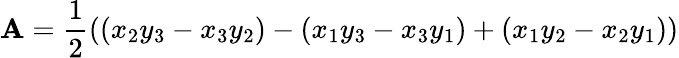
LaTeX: \mathbf{A}={\frac{1}{2}}((x_{2}y_{3}-x_{3}y_{2})-(x_{1}y_{3}-x_{3}y_{1})+(x_{1}y_{2}-x_{2}y_{1}))